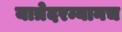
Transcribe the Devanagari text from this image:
यात्रेदरम्यानच